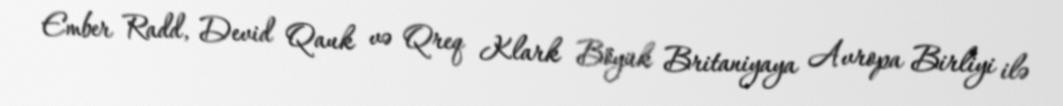
Ember Radd, Devid Qauk və Qreq Klark Böyük Britaniyaya Avropa Birliyi ilə